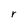
Character: r